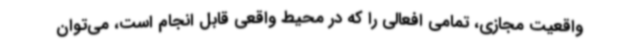
واقعیت مجازی، تمامی افعالی را که در محیط واقعی قابل انجام است، می‌توان